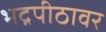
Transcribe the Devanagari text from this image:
भद्रपीठावर